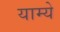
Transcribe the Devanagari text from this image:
याम्ये